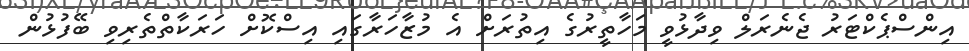
އިންސްޕެކްޓަރު ޖެނެރަލް ވިދާޅުވީ މަހާތީރުގެ އިތުރަށް އެ މުޒާހަރާގައި އިސްކޮށް ހަރަކާތްތެރިވި ބޭފުޅުން